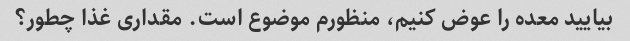
بیایید معده را عوض کنیم، منظورم موضوع است. مقداری غذا چطور؟